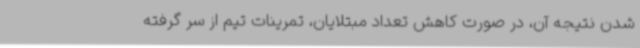
شدن نتیجه آن، در صورت کاهش تعداد مبتلایان، تمرینات تیم از سر گرفته